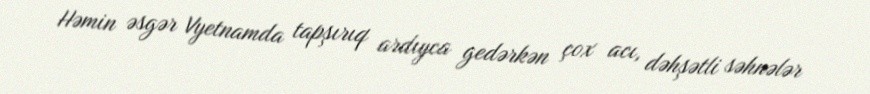
Həmin əsgər Vyetnamda tapşırıq ardıyca gedərkən çox acı, dəhşətli səhnələr